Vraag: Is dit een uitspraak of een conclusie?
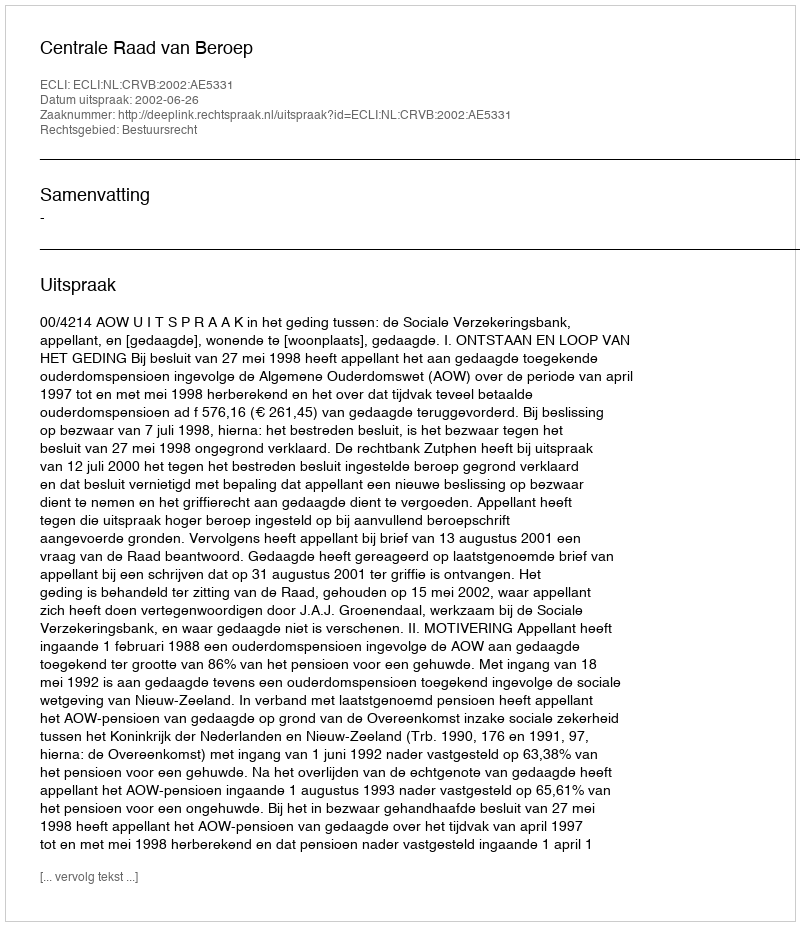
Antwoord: Uitspraak